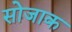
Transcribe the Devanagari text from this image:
सोजाक